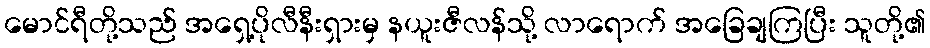
မောင်ရီတို့သည် အရှေ့ပိုလီနီးရှားမှ နယူးဇီလန်သို့ လာရောက် အခြေချကြပြီး သူတို့၏